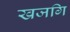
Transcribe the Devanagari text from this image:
खजगि